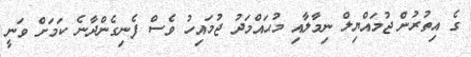
ގެ އިތުރުން ޖުމައްޔިލް ނިމާލާއި މުޙައްމަދު ޖުމައިހު ވެސް ފެނިގެންދާނެ ކަމަށް ވަނީ